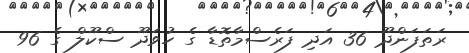
ރަތަފަންދޫ 36 އަދި ފަރެސްމާތޮޑާ ގެ ހުވަދޫ ސްކޫލް ގެެ 96